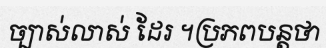
ច្បាស់លាស់ ដែរ ។ប្រភពបន្តថា